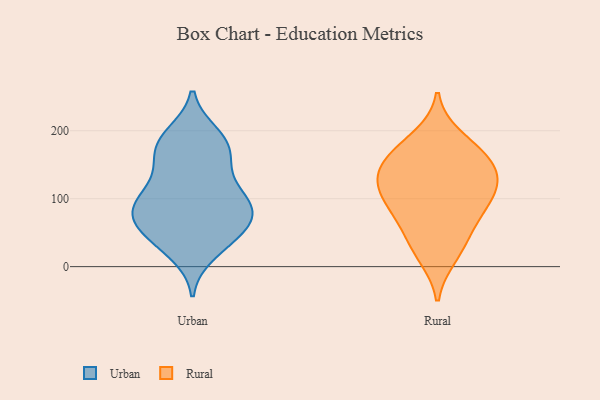
{"axis": {"x": "Customer Acquisition Cost (USD)", "y": "Value"}, "legend": ["Rural", "Urban"], "data": [{"x": "", "y": 150, "type": "Urban"}, {"x": "", "y": 93, "type": "Urban"}, {"x": "", "y": 194, "type": "Urban"}, {"x": "", "y": 33, "type": "Urban"}, {"x": "", "y": 44, "type": "Urban"}, {"x": "", "y": 61, "type": "Urban"}, {"x": "", "y": 136, "type": "Urban"}, {"x": "", "y": 98, "type": "Urban"}, {"x": "", "y": 103, "type": "Urban"}, {"x": "", "y": 181, "type": "Urban"}, {"x": "", "y": 79, "type": "Urban"}, {"x": "", "y": 177, "type": "Urban"}, {"x": "", "y": 82, "type": "Urban"}, {"x": "", "y": 105, "type": "Urban"}, {"x": "", "y": 189, "type": "Urban"}, {"x": "", "y": 65, "type": "Urban"}, {"x": "", "y": 51, "type": "Urban"}, {"x": "", "y": 80, "type": "Urban"}, {"x": "", "y": 162, "type": "Urban"}, {"x": "", "y": 20, "type": "Urban"}, {"x": "", "y": 56, "type": "Rural"}, {"x": "", "y": 137, "type": "Rural"}, {"x": "", "y": 145, "type": "Rural"}, {"x": "", "y": 153, "type": "Rural"}, {"x": "", "y": 70, "type": "Rural"}, {"x": "", "y": 27, "type": "Rural"}, {"x": "", "y": 107, "type": "Rural"}, {"x": "", "y": 162, "type": "Rural"}, {"x": "", "y": 82, "type": "Rural"}, {"x": "", "y": 174, "type": "Rural"}, {"x": "", "y": 123, "type": "Rural"}, {"x": "", "y": 15, "type": "Rural"}, {"x": "", "y": 106, "type": "Rural"}, {"x": "", "y": 191, "type": "Rural"}, {"x": "", "y": 112, "type": "Rural"}]}